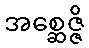
အစ္ဆေဇ္ဇိ